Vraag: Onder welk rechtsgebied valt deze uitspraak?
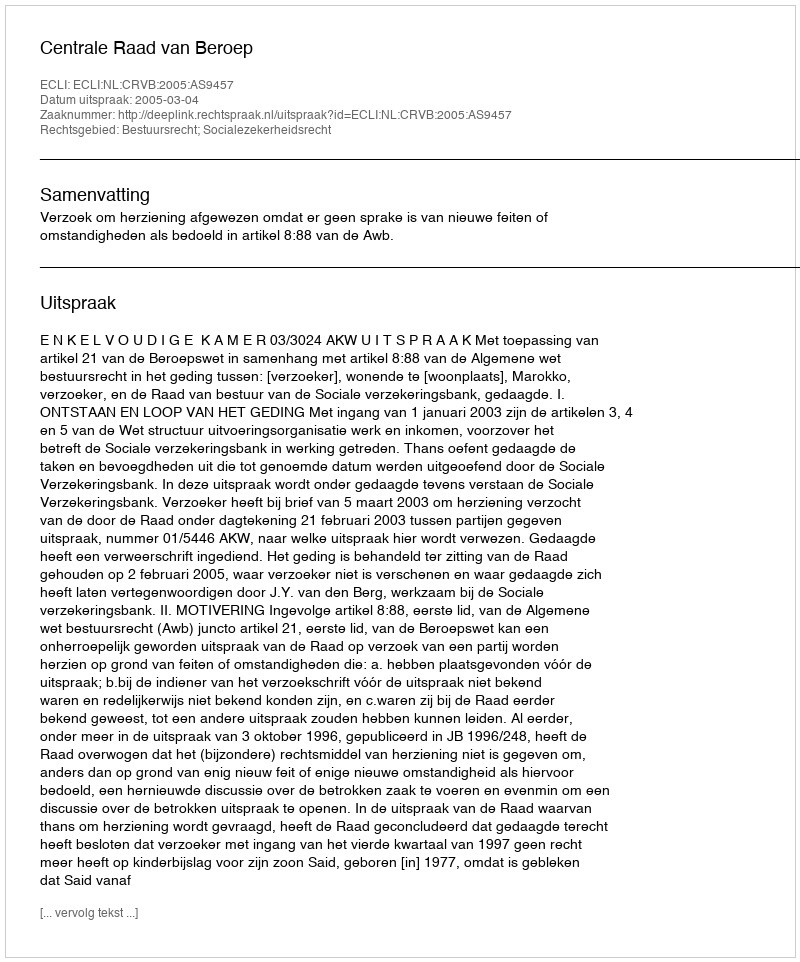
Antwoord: Bestuursrecht; Socialezekerheidsrecht